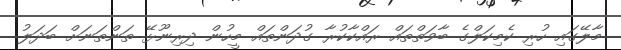
މާލޭގައި ހުރި ކެމިކަލްގެ ބާވަތްތައް ރައްކާކުރާ ގުދަންތައް މީހުން ދިރިނޫޅޭ ތަންތަނަށް ބަދަލު